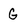
Character: G